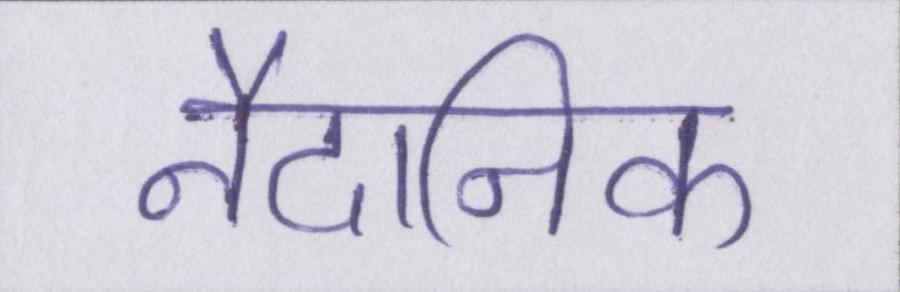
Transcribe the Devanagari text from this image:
नैदानिक